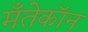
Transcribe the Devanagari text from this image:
मँतेकॉन